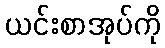
ယင်းစာအုပ်ကို